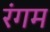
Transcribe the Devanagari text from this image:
रंगम